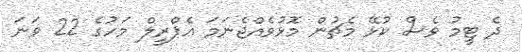
ދެ ޓީމު ވެސް ކުޅޭ މެޗުން މޮޅުވެއްޖެނަމަ އެޕްރީލް މަހުގެ 22 ވަނަ